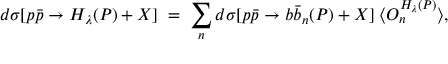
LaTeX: d \sigma [ p \bar { p } \to H _ { \lambda } ( P ) + X ] \; = \; \sum _ { n } d \sigma [ p \bar { p } \to b \bar { b } _ { n } ( P ) + X ] \; \langle O _ { n } ^ { H _ { \lambda } ( P ) } \rangle ,